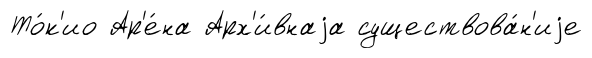
То́к'ио Ар'е́на Арх'и́внаjа существова́н'иjе